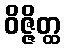
ဝိဇ္ဇိတ္ထ